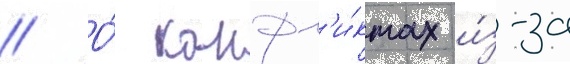
// О́ конфл'и́ктах и́з-за